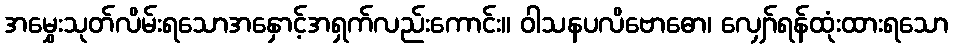
အမွှေးသုတ်လိမ်းရသောအနှောင့်အရှက်လည်းကောင်း။ ဝါသနပလိဗောဓော၊ လျှော်ရန်ထုံးထားရသော